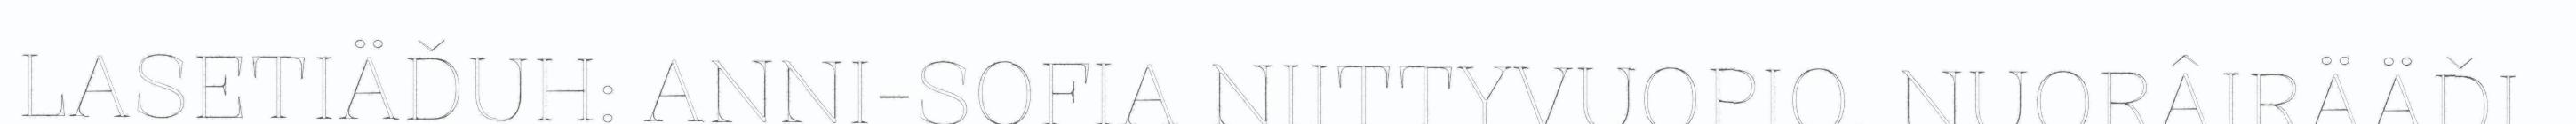
LASETIÄĐUH: ANNI-SOFIA NIITTYVUOPIO, NUORÂIRÄÄĐI